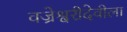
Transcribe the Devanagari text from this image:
वज्रेश्वरीदेवीला